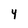
Character: 4